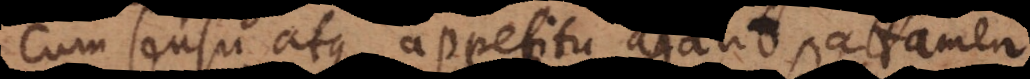
cum sensu atque appetitu agant, attame